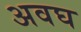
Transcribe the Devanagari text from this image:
अवघ